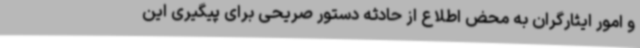
و امور ایثارگران به محض اطلاع از حادثه دستور صریحی برای پیگیری این